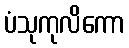
ပံသုကုလိကော